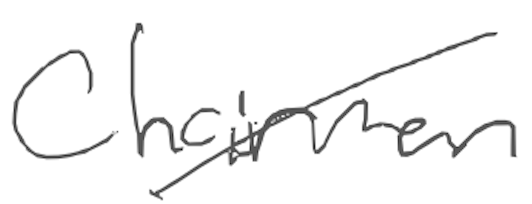
Text: Chairman
Cross-out: diagonal
Writing tool: digital_gray